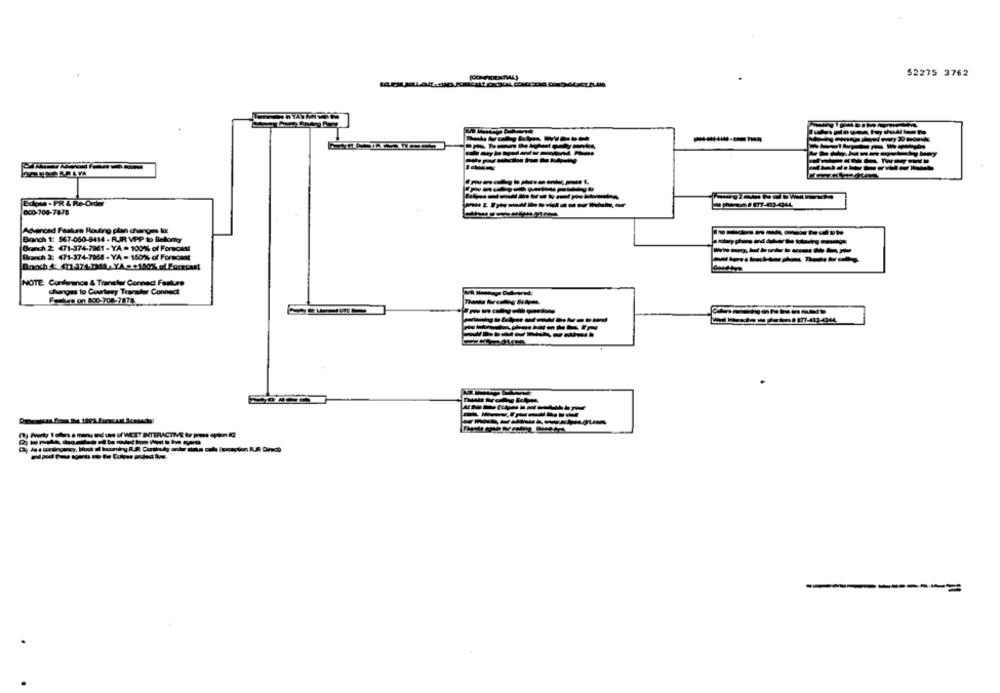
$2275 3762
------
Buone . PR & Re-Order
600-706-7878
Advanced Faskurs Routing plan changes lot
Branch 1: 567-060-8414 - FUIR VPP to Bellomy
Brakch 2: 471-374-7861- YA =100% of Forecast
----------
Branch 3: 471-374-7968- YA - 150% of Forecast
NOTE: Conference & Transfer Connect Feature
changes to Courtesy Transfer Connect
Feutre on 800-708-7874.
===